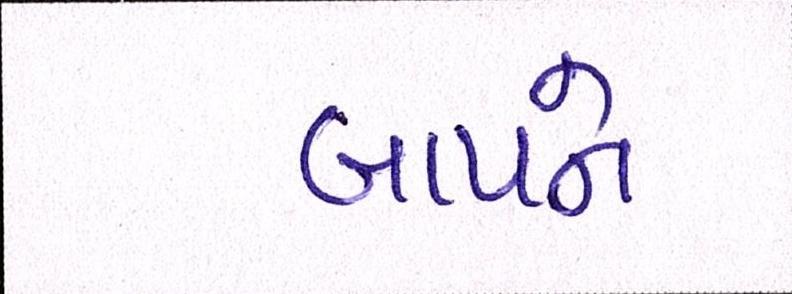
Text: બાપને